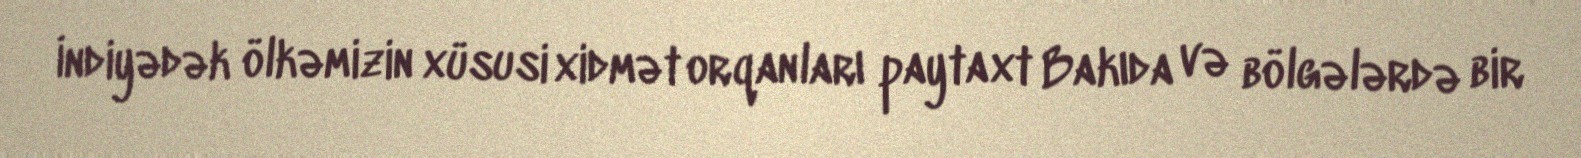
İndiyədək ölkəmizin xüsusi xidmət orqanları paytaxt Bakıda və bölgələrdə bir